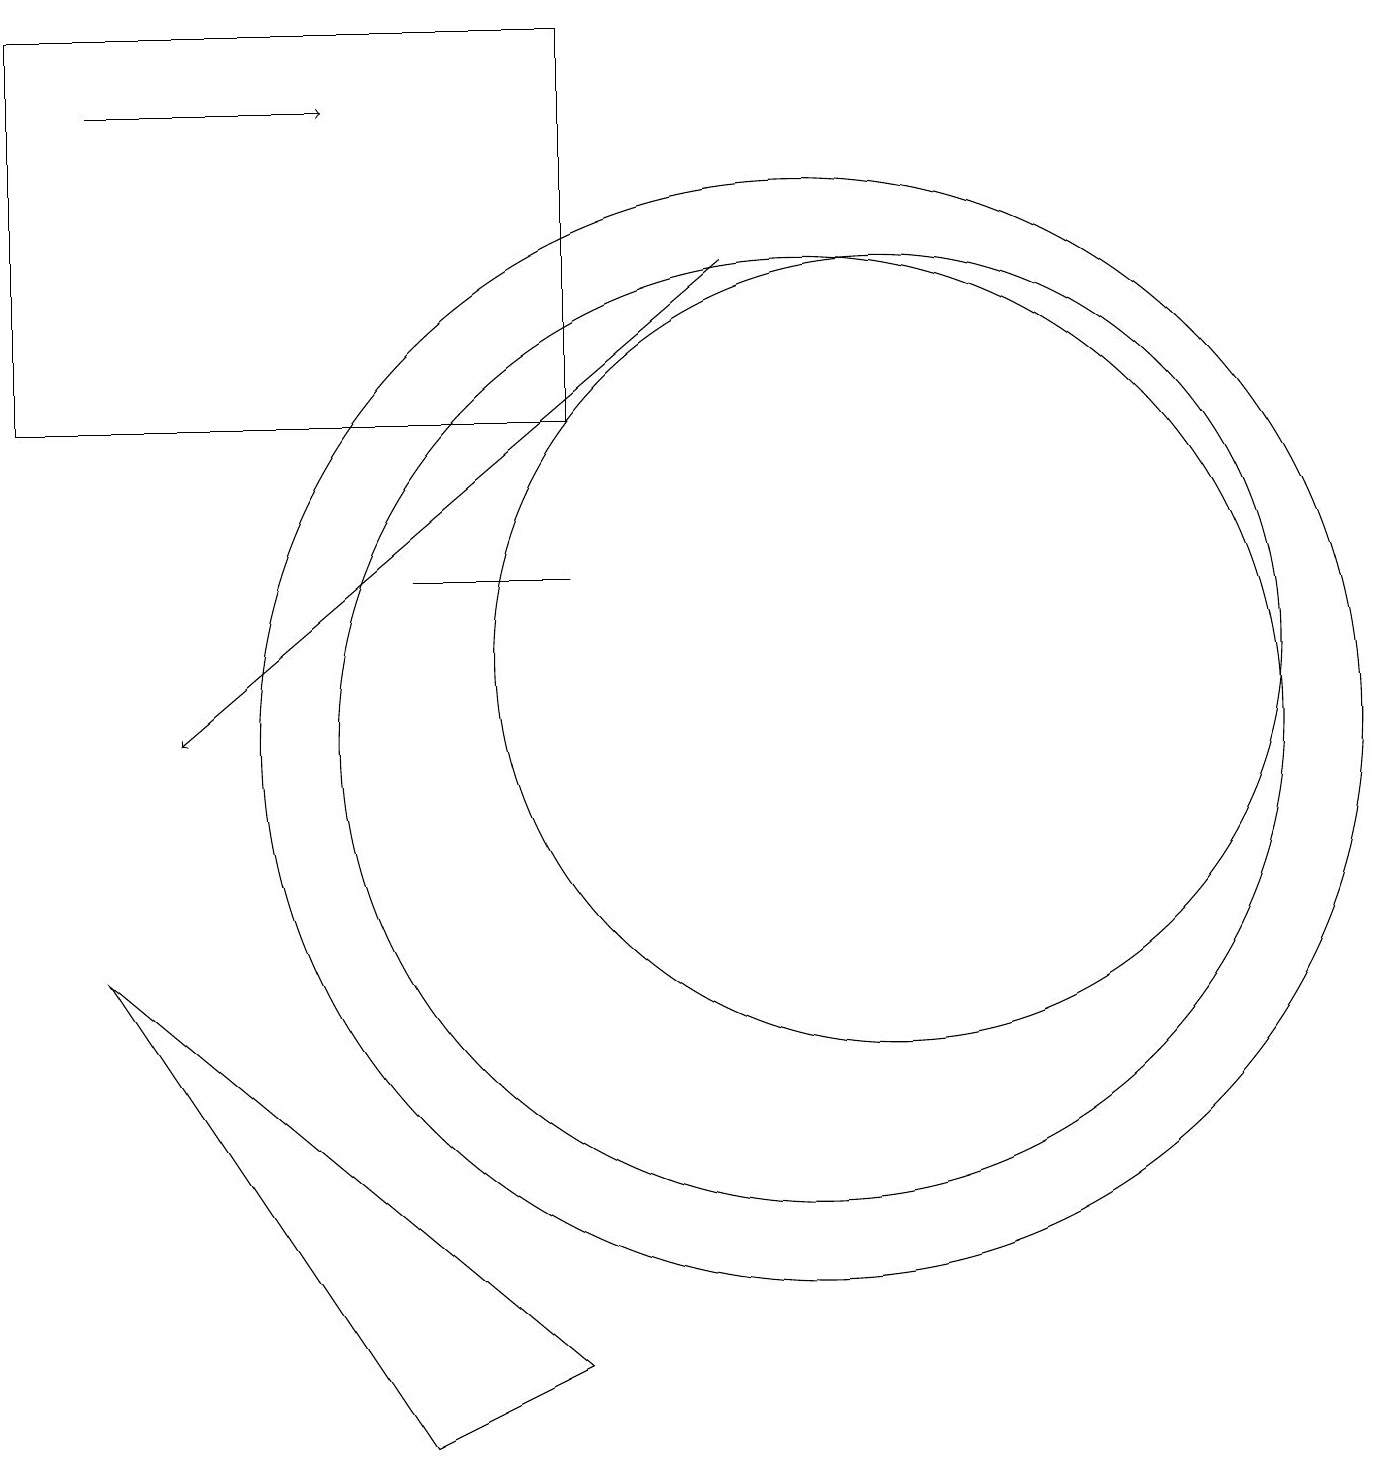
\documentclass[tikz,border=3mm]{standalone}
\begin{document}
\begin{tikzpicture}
\draw[->] (1,18) -- (4,18);
\draw (10,10) circle (7);
\draw (10,10) circle (6);
\draw (11,11) circle (5);
\draw[->] (9,16) -- (2,10);
\draw (5,12) rectangle (7,12);
\draw (0,19) rectangle (7,14);
\draw (1,7) -- (5,1) -- (7,2) -- cycle;
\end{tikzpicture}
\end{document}